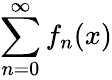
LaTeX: \sum_{n=0}^{\infty}f_{n}(x)